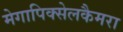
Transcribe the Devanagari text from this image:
मेगापिक्सेलकैमरा